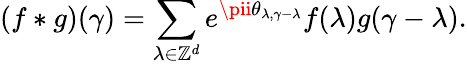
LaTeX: (f*g)(\gamma)=\sum_{\lambda\in\mathbb{Z}^{d}}e^{\pii\theta_{\lambda,\gamma-\lambda}}f(\lambda)g(\gamma-\lambda).